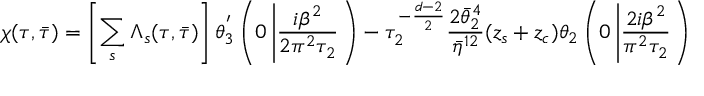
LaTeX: \chi ( \tau , \bar { \tau } ) = \left[ \sum _ { s } \Lambda _ { s } ( \tau , \bar { \tau } ) \right] \theta _ { 3 } ^ { ' } \left( 0 \left| \frac { i \beta ^ { 2 } } { 2 \pi ^ { 2 } \tau _ { 2 } } \right. \right) - \tau _ { 2 } ^ { - \frac { d - 2 } { 2 } } \frac { 2 \bar { \theta } _ { 2 } ^ { 4 } } { \bar { \eta } ^ { 1 2 } } ( z _ { s } + z _ { c } ) \theta _ { 2 } \left( 0 \left| \frac { 2 i \beta ^ { 2 } } { \pi ^ { 2 } \tau _ { 2 } } \right. \right)